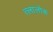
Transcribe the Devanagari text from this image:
त्लालोक